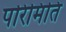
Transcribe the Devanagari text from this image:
परिमिति